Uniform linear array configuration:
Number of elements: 12
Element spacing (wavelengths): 0.25
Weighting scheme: hamming
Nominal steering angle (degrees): -60
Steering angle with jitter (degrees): -58.242
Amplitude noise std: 0.05
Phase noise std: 0.05

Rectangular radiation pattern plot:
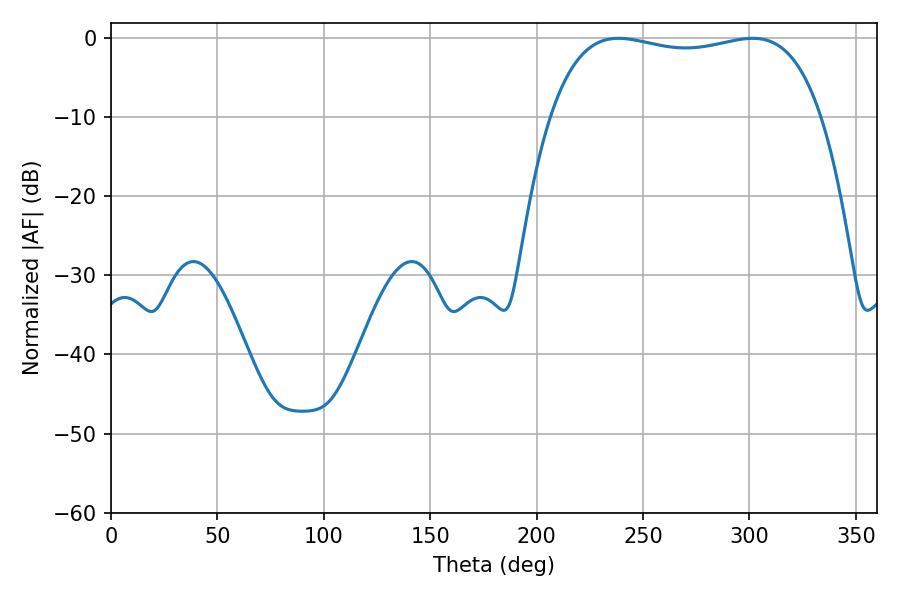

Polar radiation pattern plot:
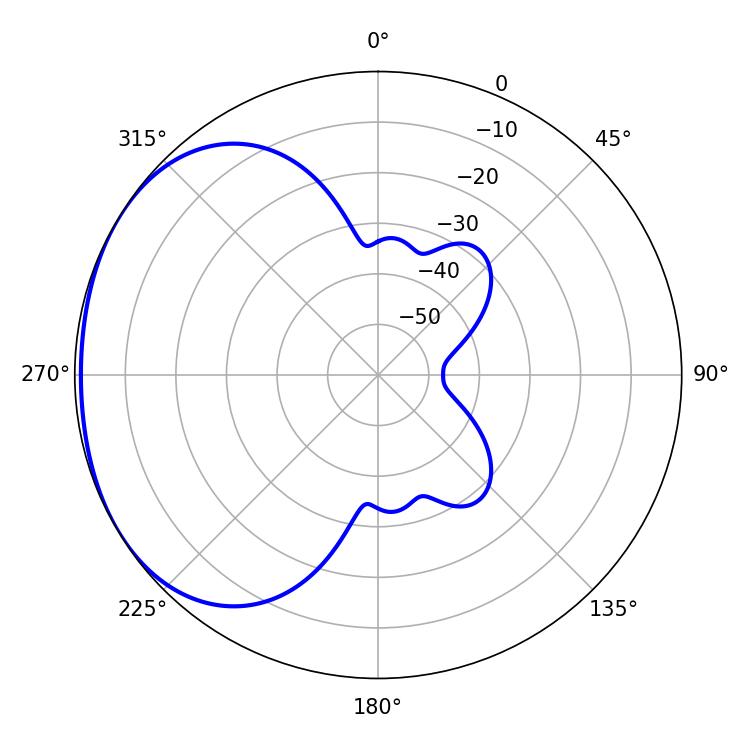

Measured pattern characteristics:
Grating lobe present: FALSE
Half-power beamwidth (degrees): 102.96
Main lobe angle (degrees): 238.5